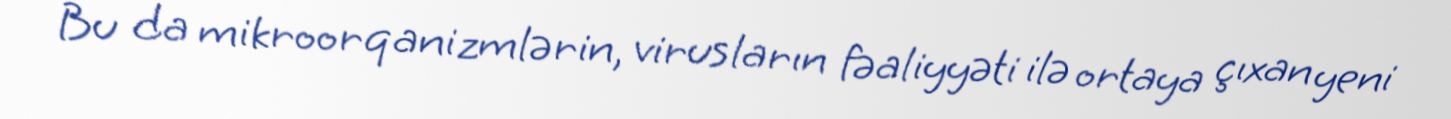
Bu da mikroorqanizmlərin, virusların fəaliyyəti ilə ortaya çıxan yeni